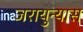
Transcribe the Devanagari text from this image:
जरायुन्यास